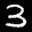
Label: 3